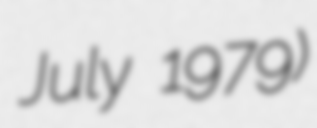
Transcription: July 1979)